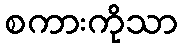
စကားကိုသာ